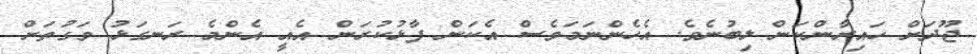
ޖޫދަށް ހައިރާންކަން ލިބުނެވެ. އެހެންނަމަވެސް އެކަން ފާޅުކުރަން އެއީ އެންމެ ރަނގަޅު ވަގުތަށް